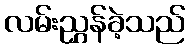
လမ်းညွှန်ခဲ့သည်